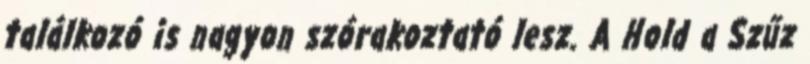
találkozó is nagyon szórakoztató lesz. A Hold a Szűz